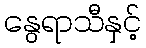
နွေရာသီနှင့်